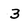
Character: 3